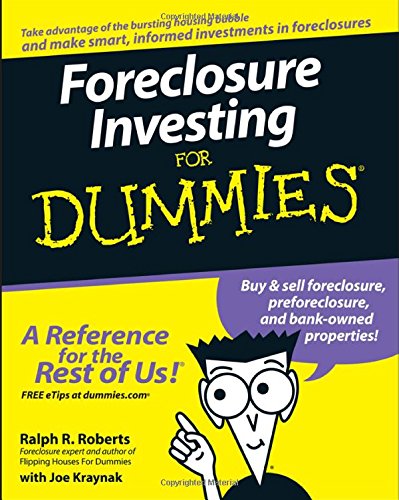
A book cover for Foreclosure Investing For Dummies; Ralph R. Roberts; Business & Money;